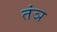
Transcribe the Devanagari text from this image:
तंञ